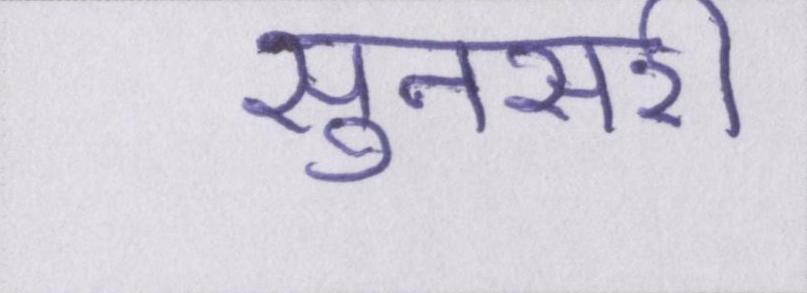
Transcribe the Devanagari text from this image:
सुनसरी